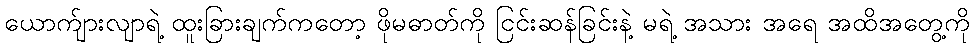
ယောက်ျားလျာရဲ့ ထူးခြားချက်ကတော့ ဖိုမဓာတ်ကို ငြင်းဆန်ခြင်းနဲ့ မရဲ့ အသား အရေ အထိအတွေ့ကို